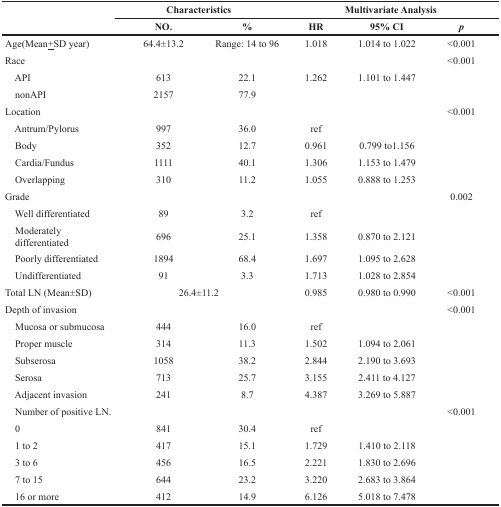
<table><thead><tr><td rowspan="2"></td><td colspan="2"><b>Characteristics</b></td><td colspan="3"><b>Multivariate Analysis</b></td></tr><tr><td><b>NO.</b></td><td><b>%</b></td><td><b>HR</b></td><td><b>95% CI</b></td><td><b><i>p</i></b></td></tr></thead><tbody><tr><td>Age(Mean±SD year)</td><td>64.4±13.2</td><td>Range: 14 to 96</td><td>1.018</td><td>1.014 to 1.022</td><td>&lt;0.001</td></tr><tr><td>Race</td><td></td><td></td><td></td><td></td><td>&lt;0.001</td></tr><tr><td> API</td><td>613</td><td>22.1</td><td>1.262</td><td>1.101 to 1.447</td><td></td></tr><tr><td> nonAPI</td><td>2157</td><td>77.9</td><td></td><td></td><td></td></tr><tr><td>Location</td><td></td><td></td><td></td><td></td><td>&lt;0.001</td></tr><tr><td> Antrum/Pylorus</td><td>997</td><td>36.0</td><td>ref</td><td></td><td></td></tr><tr><td> Body</td><td>352</td><td>12.7</td><td>0.961</td><td>0.799 to1.156</td><td></td></tr><tr><td> Cardia/Fundus</td><td>1111</td><td>40.1</td><td>1.306</td><td>1.153 to 1.479</td><td></td></tr><tr><td> Overlapping</td><td>310</td><td>11.2</td><td>1.055</td><td>0.888 to 1.253</td><td></td></tr><tr><td>Grade</td><td></td><td></td><td></td><td></td><td>0.002</td></tr><tr><td> Well differentiated</td><td>89</td><td>3.2</td><td>ref</td><td></td><td></td></tr><tr><td> Moderately differentiated</td><td>696</td><td>25.1</td><td>1.358</td><td>0.870 to 2.121</td><td></td></tr><tr><td> Poorly differentiated</td><td>1894</td><td>68.4</td><td>1.697</td><td>1.095 to 2.628</td><td></td></tr><tr><td> Undifferentiated</td><td>91</td><td>3.3</td><td>1.713</td><td>1.028 to 2.854</td><td></td></tr><tr><td>Total LN (Mean±SD)</td><td colspan="2">26.4±11.2</td><td>0.985</td><td>0.980 to 0.990</td><td>&lt;0.001</td></tr><tr><td>Depth of invasion</td><td></td><td></td><td></td><td></td><td>&lt;0.001</td></tr><tr><td> Mucosa or submucosa</td><td>444</td><td>16.0</td><td>ref</td><td></td><td></td></tr><tr><td> Proper muscle</td><td>314</td><td>11.3</td><td>1.502</td><td>1.094 to 2.061</td><td></td></tr><tr><td> Subserosa</td><td>1058</td><td>38.2</td><td>2.844</td><td>2.190 to 3.693</td><td></td></tr><tr><td> Serosa</td><td>713</td><td>25.7</td><td>3.155</td><td>2.411 to 4.127</td><td></td></tr><tr><td> Adjacent invasion</td><td>241</td><td>8.7</td><td>4.387</td><td>3.269 to 5.887</td><td></td></tr><tr><td> Number of positive LN.</td><td></td><td></td><td></td><td></td><td>&lt;0.001</td></tr><tr><td> 0</td><td>841</td><td>30.4</td><td>ref</td><td></td><td></td></tr><tr><td> 1 to 2</td><td>417</td><td>15.1</td><td>1.729</td><td>1.410 to 2.118</td><td></td></tr><tr><td> 3 to 6</td><td>456</td><td>16.5</td><td>2.221</td><td>1.830 to 2.696</td><td></td></tr><tr><td> 7 to 15</td><td>644</td><td>23.2</td><td>3.220</td><td>2.683 to 3.864</td><td></td></tr><tr><td> 16 or more</td><td>412</td><td>14.9</td><td>6.126</td><td>5.018 to 7.478</td><td></td></tr></tbody></table>